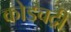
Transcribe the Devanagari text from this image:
कोडचद्री